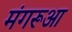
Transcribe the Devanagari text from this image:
मंगरूआ